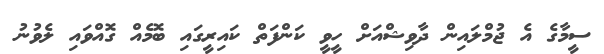
ސީމާގެ އެ ޖުމްލައިން ދާވިޝްއަށް ހީވީ ކަންފަތް ކައިރީގައި ބޮމެއް ގޮއްވައި ލެވުނު